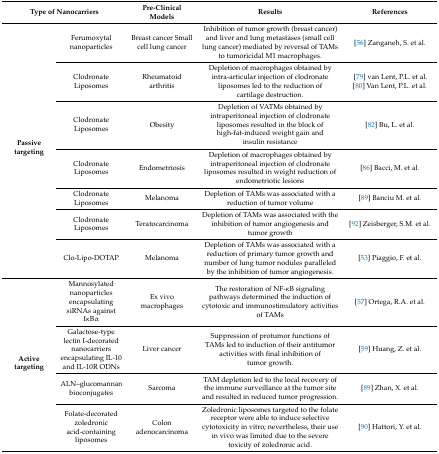
| <COLSPAN=2> Type of Nanocarriers | Pre-Clinical Models | Results | References |
 | --- | --- | --- | --- | --- |
 | <ROWSPAN=7> Passive targeting | Ferumoxytal nanoparticles | Breast cancer Small cell lung cancer | Inhibition of tumor growth (breast cancer) and liver and lung metastases (small cell lung cancer) mediated by reversal of TAMs to tumoricidal M1 macrophages. | [56] Zanganeh, S. et al. |
 | Clodronate Liposomes | Rheumatoid arthritis | Depletion of macrophages obtained by intra-articular injection of clodronate liposomes led to the reduction of cartilage destruction. | [79] van Lent, P.L. et al.[80] Van Lent, P.L. et al. |
 | Clodronate Liposomes | Obesity | Depletion of VATMs obtained by intraperitoneal injection of clodronate liposomes resulted in the block of high-fat-induced weight gain and insulin resistance | [82] Bu, L. et al. |
 | Clodronate Liposomes | Endometriosis | Depletion of macrophages obtained by intraperitoneal injection of clodronate liposomes resulted in weight reduction of endometriotic lesions | [86] Bacci, M. et al. |
 | Clodronate Liposomes | Melanoma | Depletion of TAMs was associated with a reduction of tumor volume | [89] Banciu M. et al. |
 | Clodronate Liposomes | Teratocarcinoma | Depletion of TAMs was associated with the inhibition of tumor angiogenesis and tumor growth | [92] Zeisberger, S.M. et al. |
 | Clo-Lipo-DOTAP | Melanoma | Depletion of TAMs was associated with a reduction of primary tumor growth and number of lung tumor nodules paralleled by the inhibition of tumor angiogenesis. | [53] Piaggio, F. et al. |
 | <ROWSPAN=4> Active targeting | Mannosylated nanoparticles encapsulating siRNAs against IκBα | Ex vivo macrophages | The restoration of NF-κB signaling pathways determined the induction of cytotoxic and immunostimulatory activities of TAMs | [57] Ortega, R.A. et al. |
 | Galactose-type lectin I-decorated nanocarriers encapsulating IL-10 and IL-10R ODNs | Liver cancer | Suppression of protumor functions of TAMs led to induction of their antitumor activities with final inhibition of tumor growth. | [59] Huang, Z. et al. |
 | ALN–glucomannan bioconjugates | Sarcoma | TAM depletion led to the local recovery of the immune surveillance at the tumor site and resulted in reduced tumor progression. | [89] Zhan, X. et al. |
 | Folate-decorated zoledronic acid-containing liposomes | Colon adenocarcinoma | Zoledronic liposomes targeted to the folate receptor were able to induce selective cytotoxicity in vitro; nevertheless, their use in vivo was limited due to the severe toxicity of zoledronic acid. | [90] Hattori, Y. et al. |